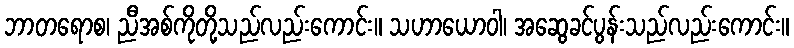
ဘာတရောစ၊ ညီအစ်ကိုတို့သည်လည်းကောင်း။ သဟာယောဝါ၊ အဆွေခင်ပွန်းသည်လည်းကောင်း။